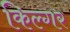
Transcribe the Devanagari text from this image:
किल्‍गर